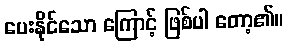
ပေးနိုင်သော ကြောင့် ဖြစ်ပါ တော့၏။